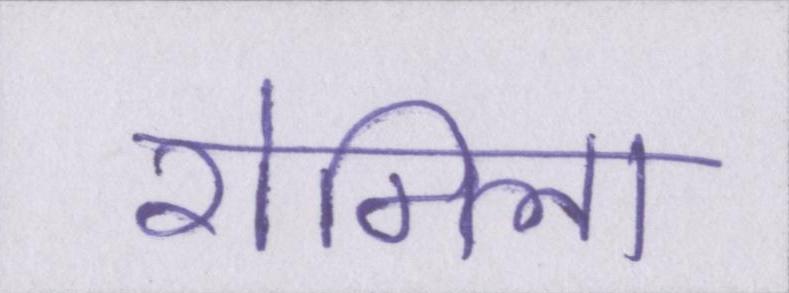
रोमिला